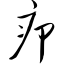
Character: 疖